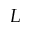
L